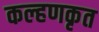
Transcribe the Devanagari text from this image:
कल्हणकृत